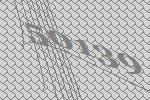
50139